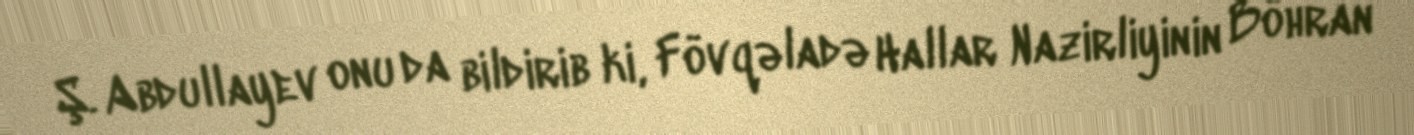
Ş. Abdullayev onu da bildirib ki, Fövqəladə Hallar Nazirliyinin Böhran